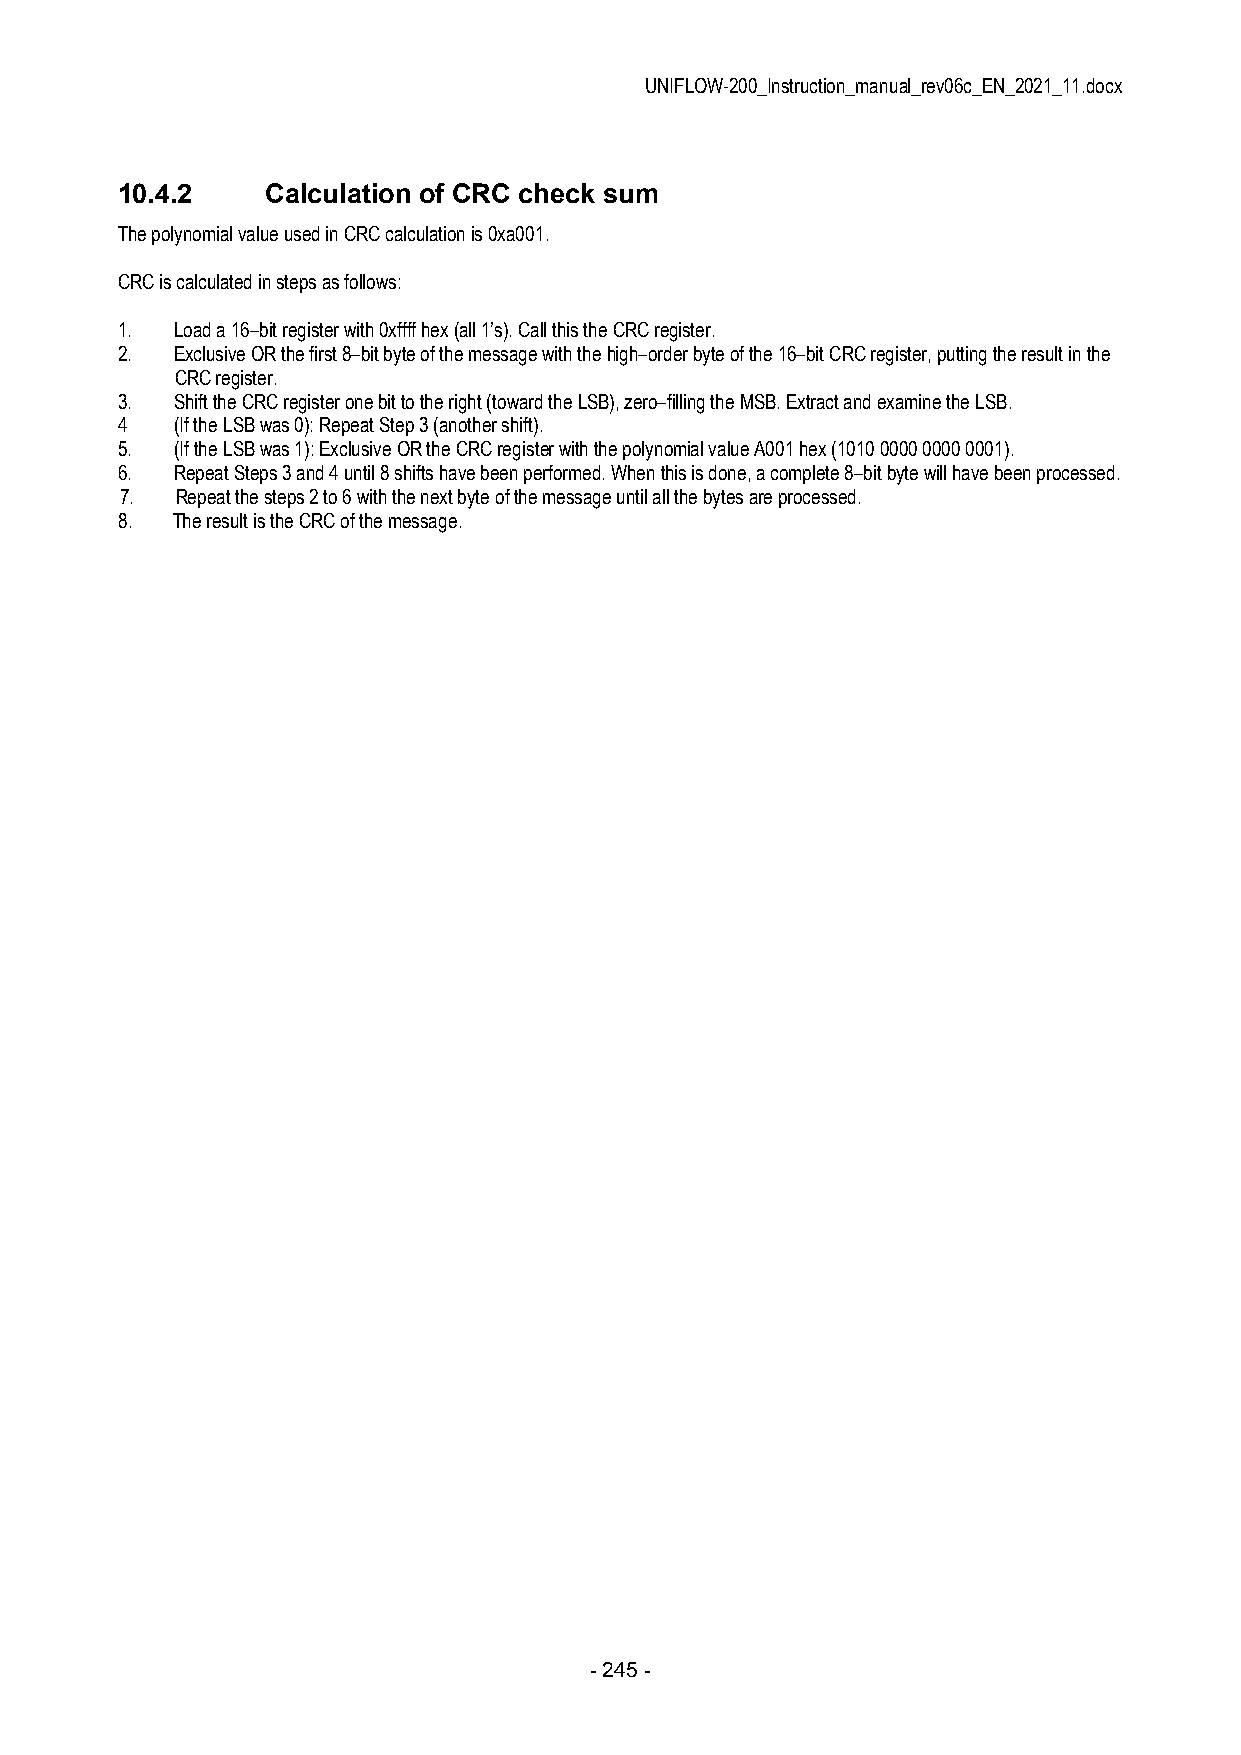
UNIFLOW-200_Instruction_manual_rev06c_EN_2021_11.docx
 10.4.2    Calculation of CRC check sum
 The polynomial value used in CRC calculation is 0xa001.
 CRC is calculated in steps as follows:
 1.  Load a 16–bit register with 0xffff hex (all 1’s). Call this the CRC register.
 2.  Exclusive OR the first 8–bit byte of the message with the high–order byte of the 16–bit CRC register, putting the result in the
 CRC register.
 3.  Shift the CRC register one bit to the right (toward the LSB), zero–filling the MSB. Extract and examine the LSB.
 4   (If the LSB was 0): Repeat Step 3 (another shift).
 5.  (If the LSB was 1): Exclusive OR the CRC register with the polynomial value A001 hex (1010 0000 0000 0001).
 6.  Repeat Steps 3 and 4 until 8 shifts have been performed. When this is done, a complete 8–bit byte will have been processed.
 7.  Repeat the steps 2 to 6 with the next byte of the message until all the bytes are processed.
 8. The result is the CRC of the message.
 - 245 -